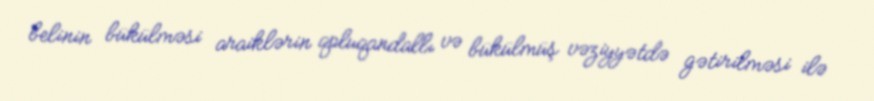
belinin bükülməsi araiklərin qoluqandallı və bükülmüş vəziyyətdə gətirilməsi ilə